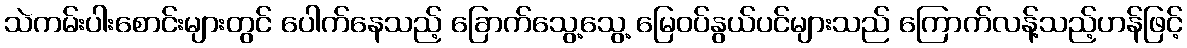
သဲကမ်းပါးစောင်းများတွင် ပေါက်နေသည့် ခြောက်သွေ့သွေ့ မြေဝပ်နွယ်ပင်များသည် ကြောက်လန့်သည့်ဟန်ဖြင့်